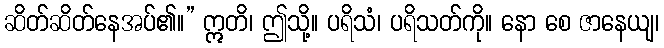
ဆိတ်ဆိတ်နေအပ်၏။” ဣတိ၊ ဤသို့။ ပရိသံ၊ ပရိသတ်ကို။ နော စေ ဇာနေယျ၊